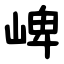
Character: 崥